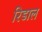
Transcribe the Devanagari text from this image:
रिडाल